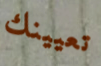
تعيينك